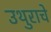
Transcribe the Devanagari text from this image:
उथुराचे